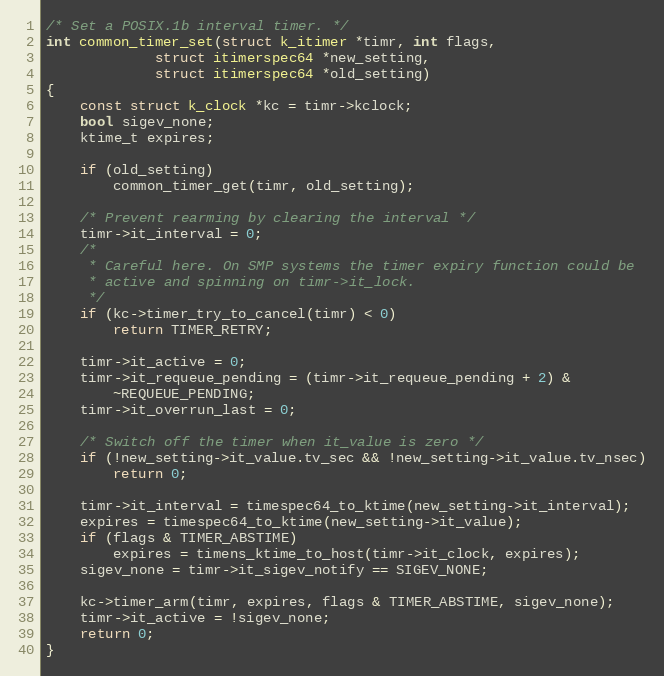
Language: C
/* Set a POSIX.1b interval timer. */
int common_timer_set(struct k_itimer *timr, int flags,
		     struct itimerspec64 *new_setting,
		     struct itimerspec64 *old_setting)
{
	const struct k_clock *kc = timr->kclock;
	bool sigev_none;
	ktime_t expires;

	if (old_setting)
		common_timer_get(timr, old_setting);

	/* Prevent rearming by clearing the interval */
	timr->it_interval = 0;
	/*
	 * Careful here. On SMP systems the timer expiry function could be
	 * active and spinning on timr->it_lock.
	 */
	if (kc->timer_try_to_cancel(timr) < 0)
		return TIMER_RETRY;

	timr->it_active = 0;
	timr->it_requeue_pending = (timr->it_requeue_pending + 2) &
		~REQUEUE_PENDING;
	timr->it_overrun_last = 0;

	/* Switch off the timer when it_value is zero */
	if (!new_setting->it_value.tv_sec && !new_setting->it_value.tv_nsec)
		return 0;

	timr->it_interval = timespec64_to_ktime(new_setting->it_interval);
	expires = timespec64_to_ktime(new_setting->it_value);
	if (flags & TIMER_ABSTIME)
		expires = timens_ktime_to_host(timr->it_clock, expires);
	sigev_none = timr->it_sigev_notify == SIGEV_NONE;

	kc->timer_arm(timr, expires, flags & TIMER_ABSTIME, sigev_none);
	timr->it_active = !sigev_none;
	return 0;
}